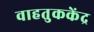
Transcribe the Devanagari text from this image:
वाहतुककेंद्र